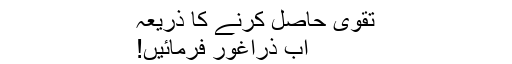
تقویٰ حاصل کرنے کا ذریعہ
اب ذراغور فرمائیں!